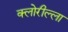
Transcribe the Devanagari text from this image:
क्लोरील्ला